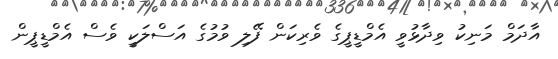
އާދަމް މަނިކު ވިދާޅުވީ އެމްޑީޕީގެ ވެރިކަން ފޭލި ވުމުގެ އަސްލަކީ ވެސް އެމްޑީޕީން